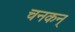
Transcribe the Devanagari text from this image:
चनकन्